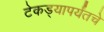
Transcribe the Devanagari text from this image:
टेकड्यापर्यंतचे